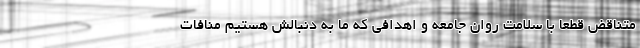
متناقض قطعا با سلامت روان جامعه و اهدافی که ما به دنبالش هستیم منافات